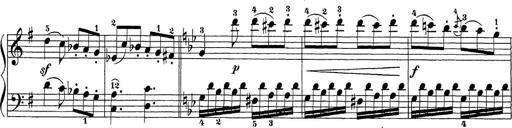
Title: Sonatina Album
Composer: Louis KÃ¶hler